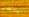
سنخبر